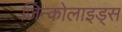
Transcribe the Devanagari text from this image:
जिन्कोलाइड्स